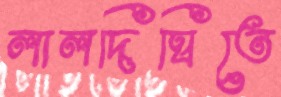
লালদিঘিতে